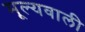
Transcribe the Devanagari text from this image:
मूल्यवाली